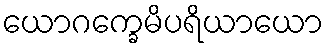
ယောဂက္ခေမိပရိယာယော